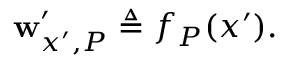
\mathbf { w } _ { x ^ { \prime } , P } ^ { \prime } \triangleq f _ { P } ( x ^ { \prime } ) .